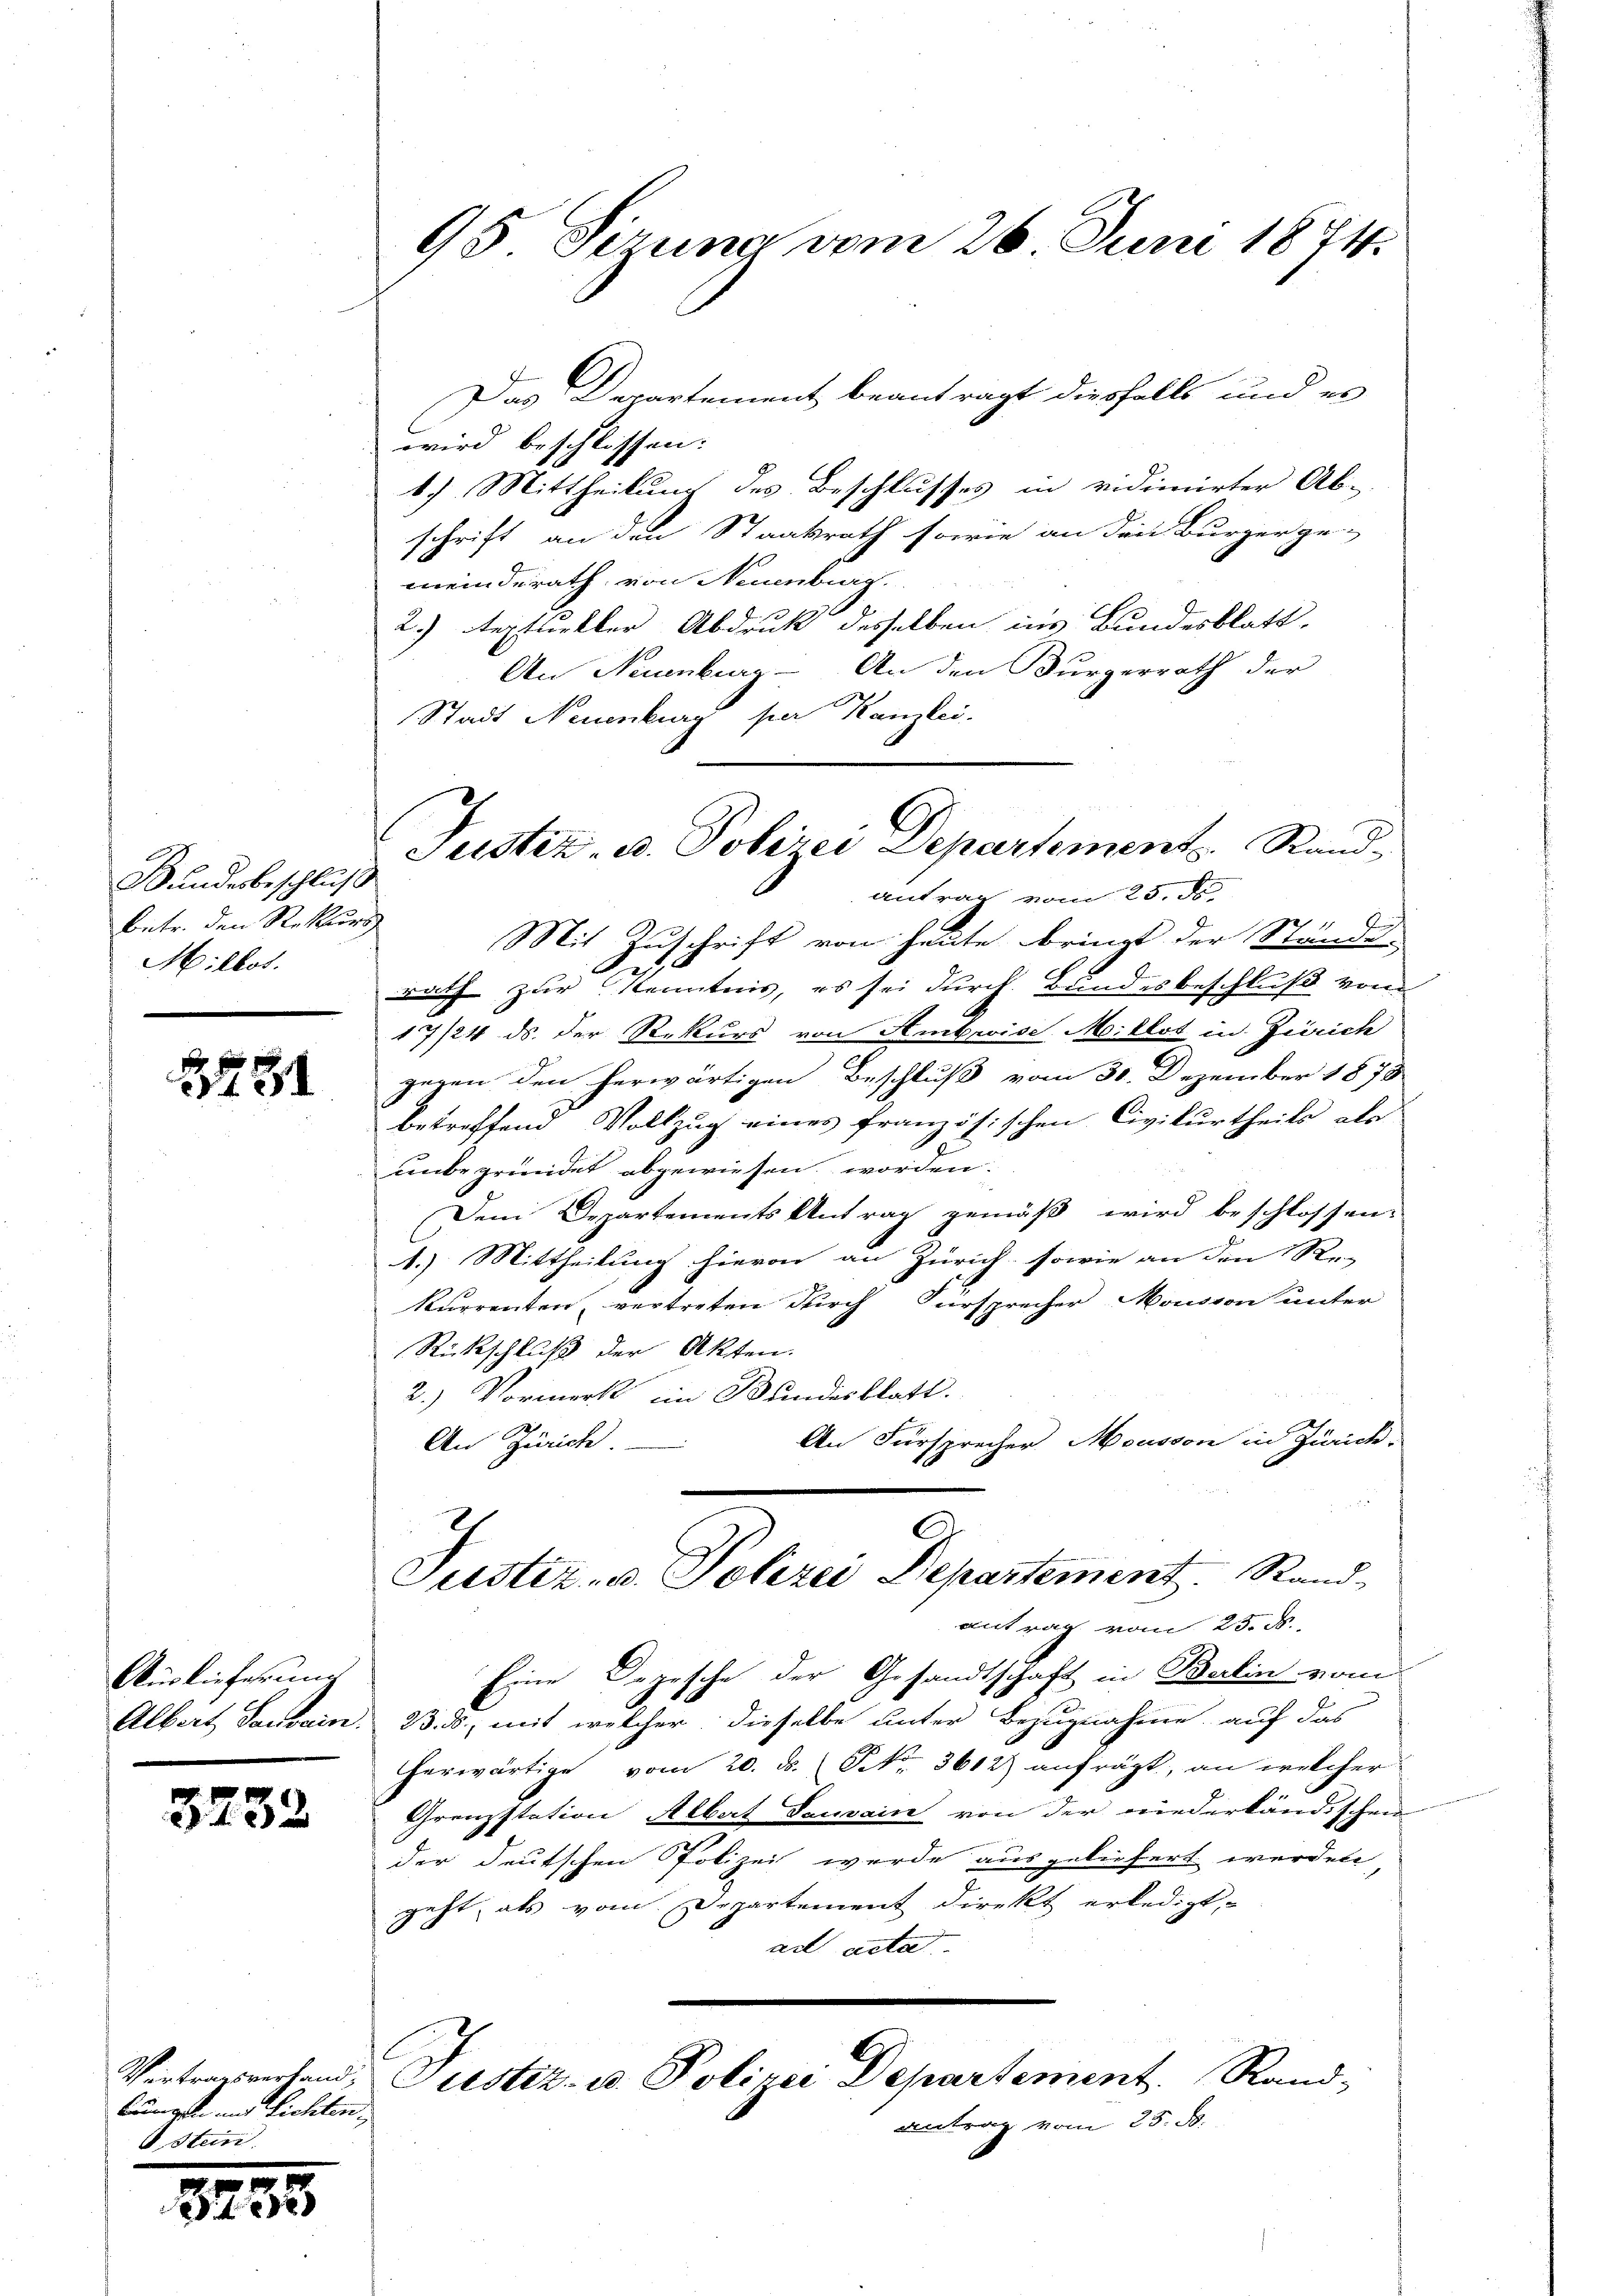
Bandesbeschluß
betr. den Rekurs
Millot.

1781

Auslieferung

3232

bungen und Richten,
Ostern.

30. M
x

95 Sirung vom 26. Juni 1874.

Das Departement beantragt diesfalls und es
wird beschlossen:
17. Mittheilung des Beschlusses in vidimirter Ab-
schrift an den Staatsrath sowie an den Burger ge-
meinderath, von Neuenburg.
.
2.) Septurkler Abdruk desselben ins Bundesblatt,
An Neuenburg - An den Bürgerrath der
Stadt Neuenburg per Kanzlei.
bi
Mit Zuschrift von heute bringt der Stände
.
rath zur Kenntnis, es sei durch Bundesbeschluß vom
17/24 ds. der Rekurs von Ambrise Miklot in Zürich
gegen den herwärtigen Beschluß vom 30. Dezember 1878
betreffend Vollzug eines französischen Civilurtheils als
unbegründet abgewiesen worden.
Dem Departements Antrag gemäß wird beschlossen-
1.) Mittheilung hievon an Zürich, sowie an den Re-
kurrenten, vertreten durch Fürsprecher Mousson unter
Rückschluß der Akten.
2.) Vormerk im Bundesblatt.
An Fürsprecher Mousson in Zürich,
An Zürich
8
Justiz- u. Polizei Departement. Stand-
antrag vom 25. ds.
Eine Depesche der Gesandtschaft in Berlin vom
Albert Sawein. B. B., mit welcher dieselbe unter Bezugnahme auf das
herwärtige vom 20. ds. No. 3612) anfrägt, an welcher
Grenzstation Albert Tauvain von der niederländischen
der deutschen Polizei werde ausgeliefert werden
 als vom Departement direkt erledigt,
9
ad acta
.
Vertragsrechend, Justiz- u. Polizei Departement. Rand-
antrag vom 25. d.

Justiz- u. Polizei Departement Rand
antrag vom 25. de